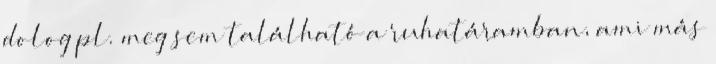
dolog pl. meg sem található a ruhatáramban, ami más